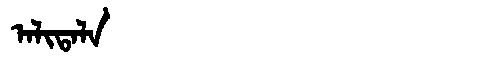
Manchu: ᠠᠯᡳᡨᠠᠯᠠ
Romanization: ALITALA